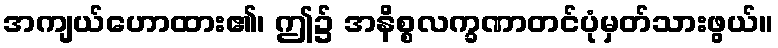
အကျယ်ဟောထား၏၊ ဤ၌ အနိစ္စလက္ခဏာတင်ပုံမှတ်သားဖွယ်။